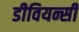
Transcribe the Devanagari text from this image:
डीवियन्सी